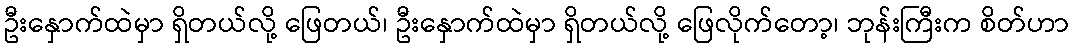
ဦးနှောက်ထဲမှာ ရှိတယ်လို့ ဖြေတယ်၊ ဦးနှောက်ထဲမှာ ရှိတယ်လို့ ဖြေလိုက်တော့၊ ဘုန်းကြီးက စိတ်ဟာ